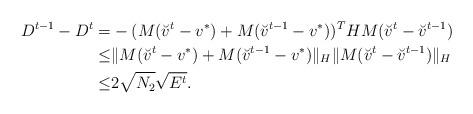
LaTeX: \begin{align*}\begin{aligned}D^{t-1}-D^{t}=&-(M(\breve{v}^{t}-v^*)+M(\breve{v}^{t-1}-v^*) )^THM(\breve{v}^{t}-\breve{v}^{t-1})\\\leq&\|M(\breve{v}^{t}-v^*)+M(\breve{v}^{t-1}-v^*)\|_H\|M(\breve{v}^{t}-\breve{v}^{t-1})\|_H\\\leq&2\sqrt{N_2}\sqrt{E^t}.\end{aligned}\end{align*}